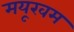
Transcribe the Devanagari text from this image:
मयूखम